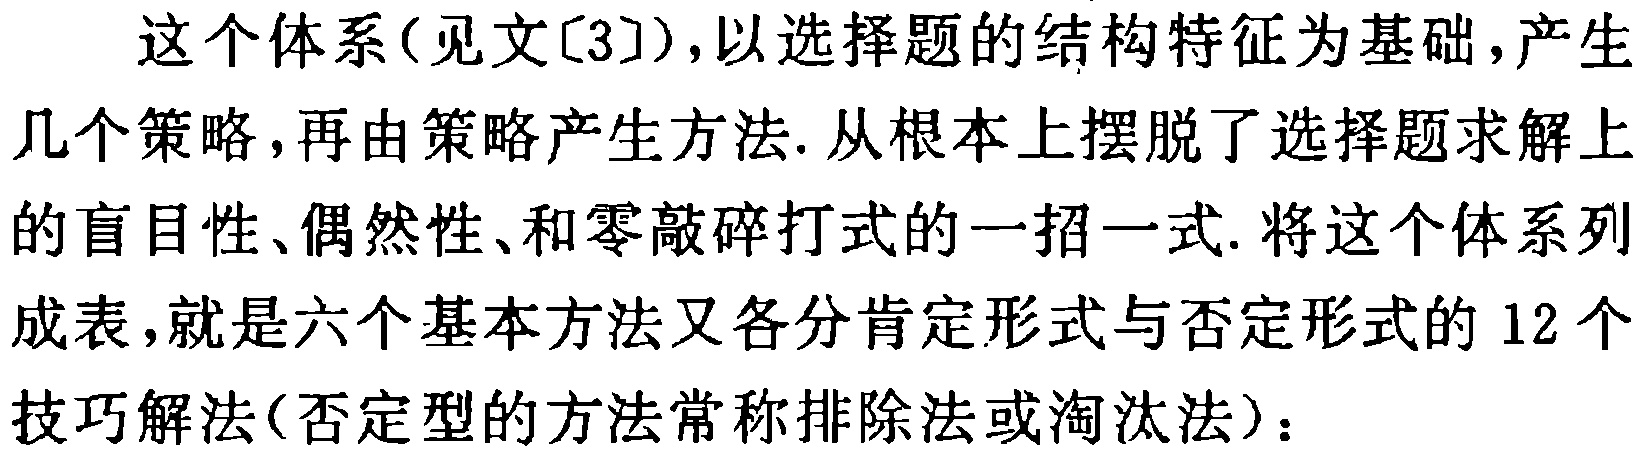
这个体系(见文[3]),以选择题的结构特征为基础,产生几个策略,再由策略产生方法.从根本上摆脱了选择题求解上的盲目性、偶然性、和零敲碎打式的一招一式.将这个体系列成表,就是六个基本方法又各分肯定形式与否定形式的$12$个技巧解法(否定型的方法常称排除法或淘汰法)：